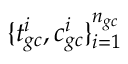
\{ t _ { g c } ^ { i } , c _ { g c } ^ { i } \} _ { i = 1 } ^ { n _ { g c } }